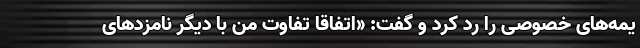
یمه‌های خصوصی را رد کرد و گفت: «اتفاقا تفاوت من با دیگر نامزدهای